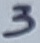
Text: 3